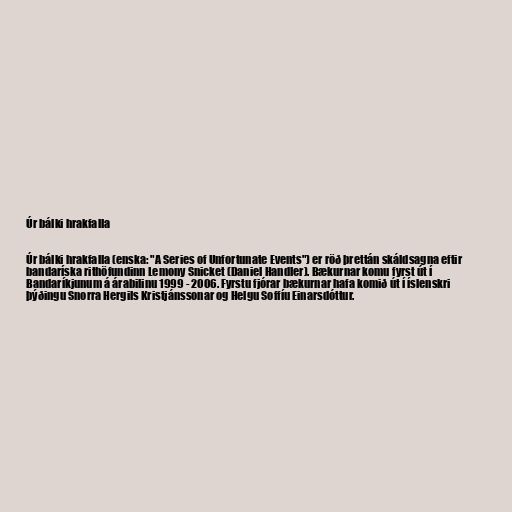
Úr bálki hrakfalla

Úr bálki hrakfalla (enska: "A Series of Unfortunate Events") er röð þrettán skáldsagna eftir
bandaríska rithöfundinn Lemony Snicket (Daniel Handler). Bækurnar komu fyrst út í
Bandaríkjunum á árabilinu 1999 - 2006. Fyrstu fjórar bækurnar hafa komið út í íslenskri
þýðingu Snorra Hergils Kristjánssonar og Helgu Soffíu Einarsdóttur.